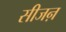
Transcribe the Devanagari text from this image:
सीजऩ